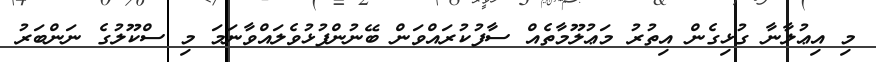
މި އިޢުލާނާ ގުޅިގެން އިތުރު މަޢުލޫމާތެއް ސާފުކުރައްވަން ބޭނުންފުޅުވެލައްވާނަމަ މި ސްކޫލުގެ ނަންބަރު